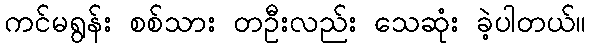
ကင်မရွန်း စစ်သား တဦးလည်း သေဆုံး ခဲ့ပါတယ်။